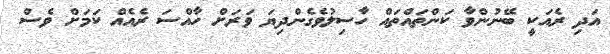
އަދި ރެއަކީ ބޭނުންވާ ކަންތައްތައް ހާސިލުވެގެންދިޔަ ވަރަށް ހާއްސަ ރެއެއް ކަމަށް ވެސް